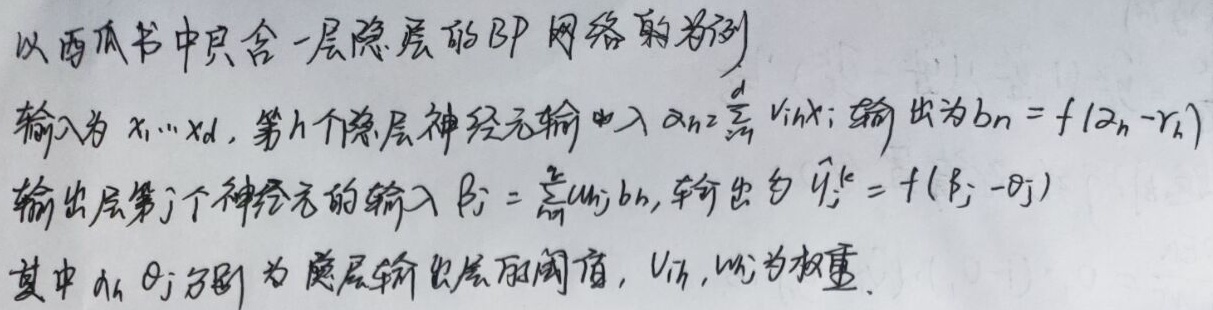
以西瓜书中只含一层隐层的BP网络为例，输入为 \(x_1,\cdots,x_d\)。第 \(h\) 个隐层神经元输入 \(\alpha_{h}=\sum_{i = 1}^{d}v_{ih}x_{i}\)；输出为 \(b_{h}=f(\alpha_{h}-\gamma_{h})\)。输出层第 \(j\) 个神经元的输入 \(\beta_{j}=\sum_{h = 1}^{q}w_{hj}b_{h}\)，输出为 \(\hat{y}_{j}^{k}=f(\beta_{j}-\theta_{j})\)。其中 \(\gamma_{h},\theta_{j}\) 分别为隐层、输出层的阈值，\(v_{ih},w_{hj}\) 为权重。